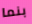
بنما